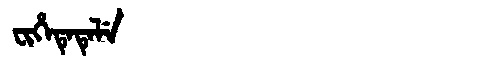
Manchu: ᠸᡳᡥᡝᡨᡝᡨᡝᠯᡝ
Romanization: FIHETETELE